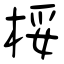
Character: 桵